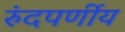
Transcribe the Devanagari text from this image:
रुंदपर्णीय